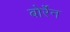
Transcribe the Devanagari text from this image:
बोर्रेन